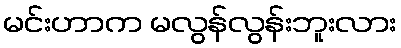
မင်းဟာက မလွန်လွန်းဘူးလား